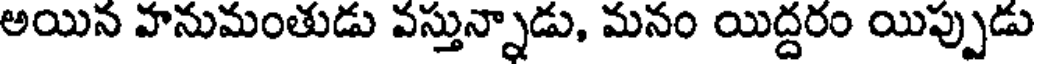
అయిన వానుమంతుడు వస్తున్నాడు, మనం యిద్దరం యిప్పుడు